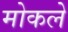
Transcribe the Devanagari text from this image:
मोकले